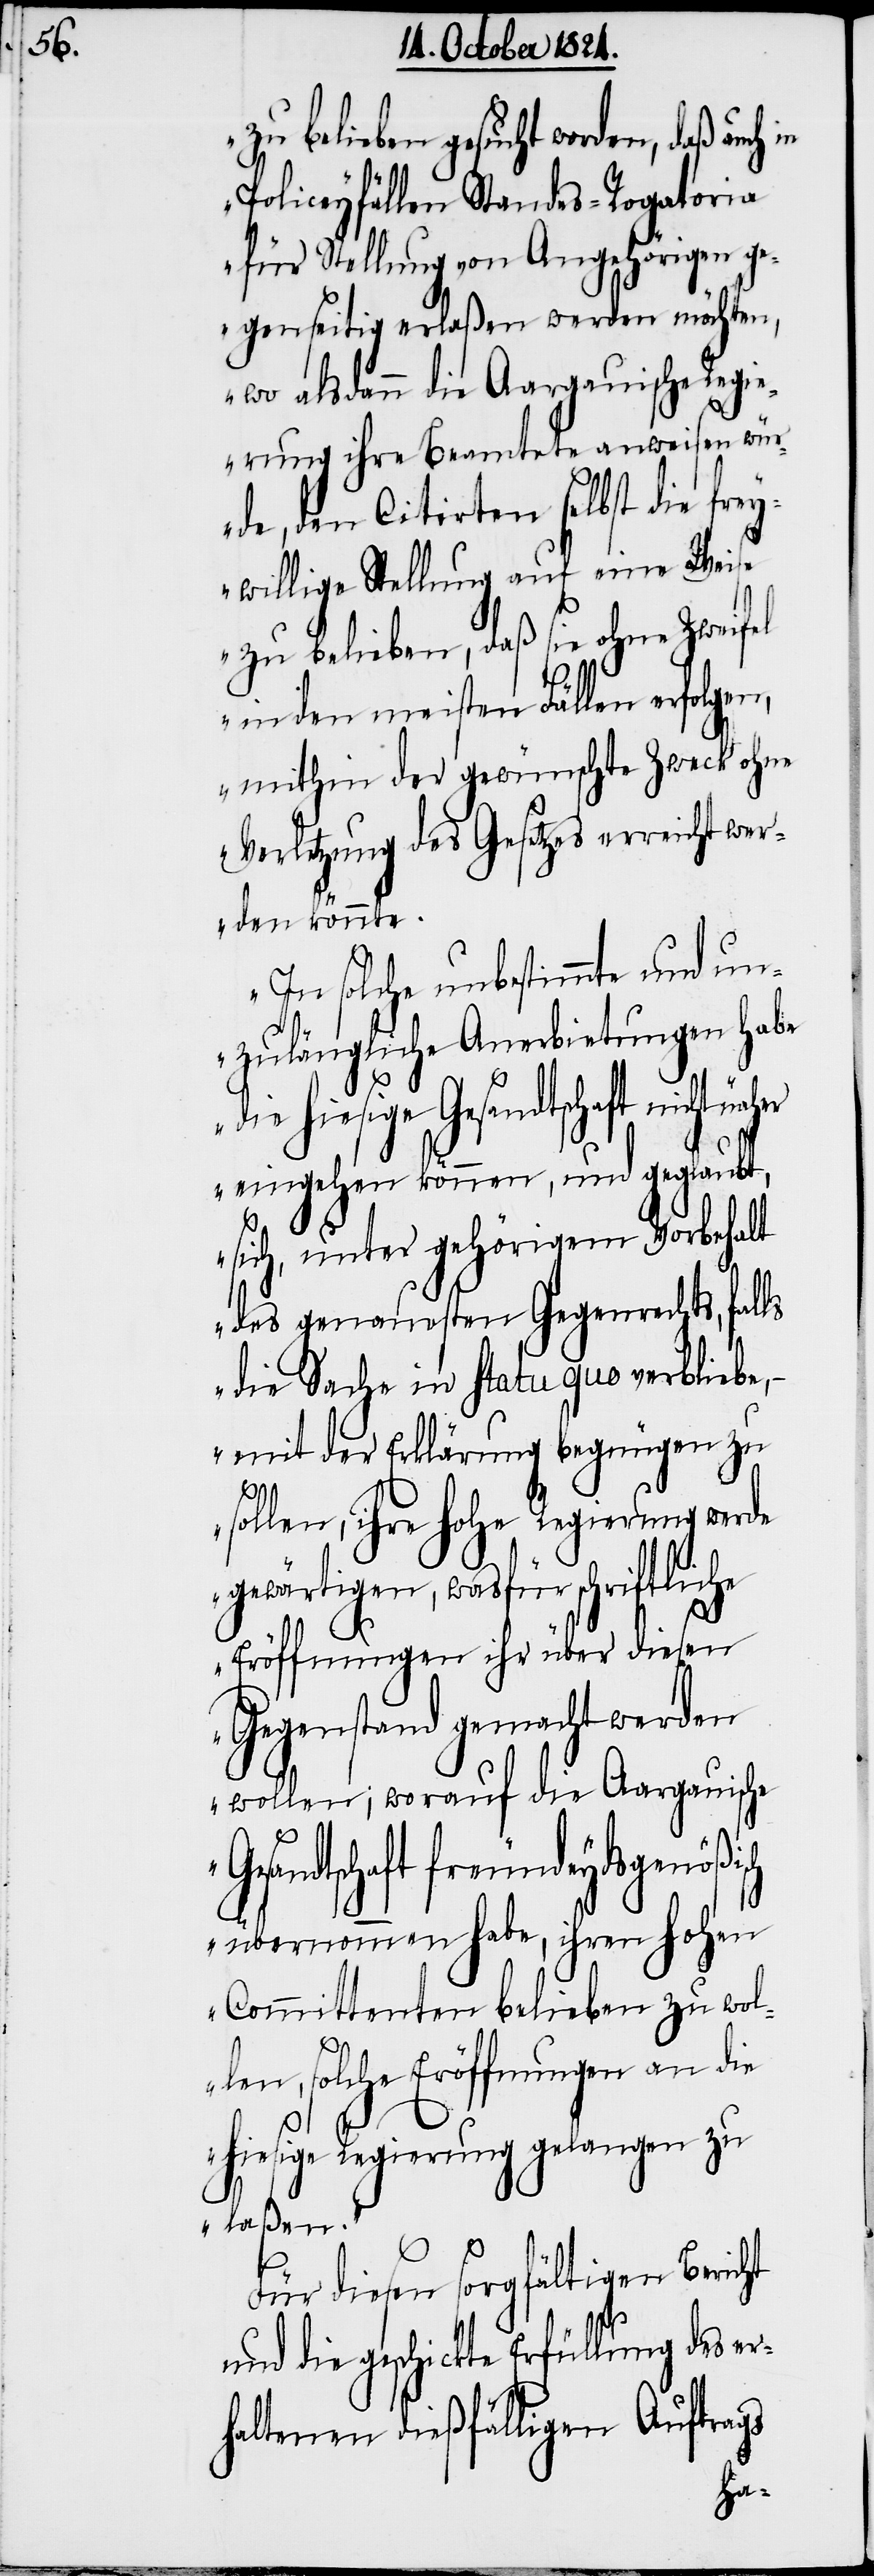
zu belieben gesucht worden, daß auch
Policeyfällen Standes-Rogatoria
für Stellung von Angehörigen g¬
egenseitig erlaßen werden möchten,
wo alsdann die Aargauische Regi¬
erung ihre Beamtete anweisen wür¬
de, den Citirten selbst die frey¬
willige Stellung auf eine Weis¬
e zu belieben, daß sie ohne Zweifel
in den meisten Fällen erfolgen,
mithin der gewünschte Zweck ohne
Verletzung des Gesetzes erreicht wer¬
den könnte.
In solche unbestimmte und un¬
zulängliche Anerbietungen habe
die hiesige Gesandtschaft nicht
eingehen können, und geglaubt,
ch
sich, unter gehörigem Vorbehalt
des genausten Gegenrechts, falls
die Sache in statu quo verbliebe,
mit der Erklärung begnügen zu
sollen, ihre hohe Regierung werde
gewärtigen, wasfür schriftliche
Eröffnungen ihr über diesen
Gegenstand gemacht werden
wollen; worauf die Aargauische
sandtschaft freundeydsgenößis¬
übernommen habe, ihren hohen
Committenten belieben zu wol¬
len, solche Eröffnungen an die
hiesige Regierung gelangen zu
laßen.“
Für diesen sorgfältigen Bericht
und die geschickte Erfüllung des er¬
haltenen dießfälligen Auftrags
Ge¬